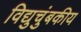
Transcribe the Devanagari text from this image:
विद्युचुंबकीय